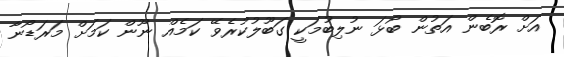
އަށް ރޮބެން އަތުން ބޯޅަ ނުލިބުމަކީ ގަބޫލުކުރެވޭ ކަމެއް ނޫން ކަމަށް މަރަޑޯނާ